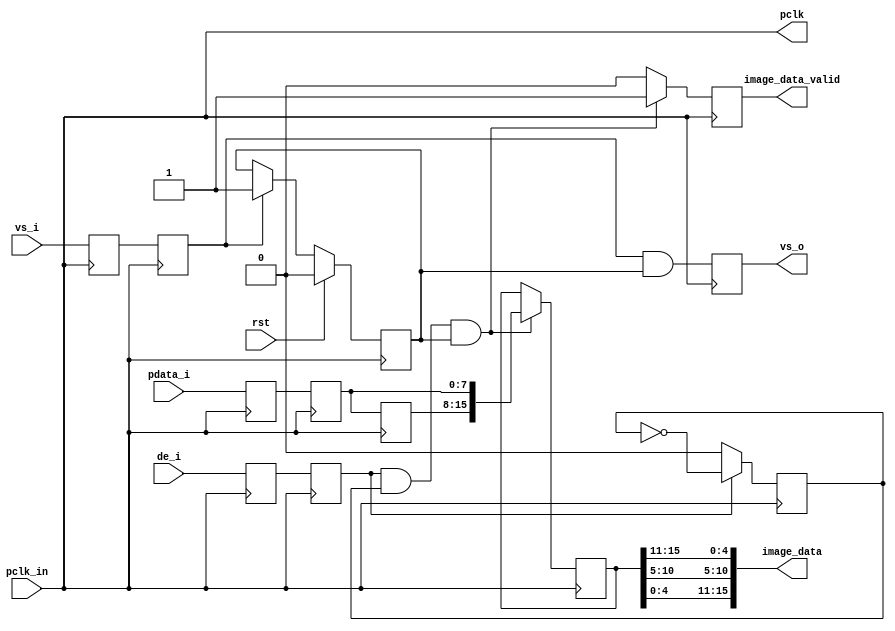
`timescale 1ns / 1ps
//////////////////////////////////////////////////////////////////////////////////
// Company:Meyesemi 
// 
// Design Name:  
// Module Name: 
// Project Name: 
// Target Devices: Pango
// Tool Versions: 
// Description: 
//      
// Dependencies: 
// 
// Revision:
// Revision 1.0 - File Created
// Additional Comments:
// 
//////////////////////////////////////////////////////////////////////////////////
//8bit16bit RGB565
`timescale 1ns / 1ns

module cmos_8_16bit (
    input       pclk_in,
    input       rst,
    input       de_i,
    input [7:0] pdata_i,
    input       vs_i,

    output            image_data_valid,
    output     [15:0] image_data,
    output reg        vs_o,
    output            pclk
);
  reg [7:0] pdata_i0, pdata_i1, pdata_i2, pdata_i3;
  reg vs_in0, de_in0;
  reg vs_in1, de_in1;
  reg vs_in2, de_in2;
  reg image_in_en;
  assign pclk = pclk_in;

  always @(posedge pclk) begin
    pdata_i0 <= pdata_i;
    pdata_i1 <= pdata_i0;
    pdata_i2 <= pdata_i1;
    pdata_i3 <= pdata_i2;
    vs_in0   <= vs_i;
    vs_in1   <= vs_in0;
    de_in0   <= de_i;
    de_in1   <= de_in0;
    de_in2   <= de_in1;
  end
  reg [11:0] cnt_hs;
  always @(posedge pclk) begin
    if (de_in1) cnt_hs <= cnt_hs + 1'b1;
    else cnt_hs <= 'd0;
  end
  reg hs_cnt;
  always @(posedge pclk) begin
    if (vs_in1) hs_cnt <= 'd0;
    else begin
      if (cnt_hs == 1280 * 2 - 1) hs_cnt <= ~hs_cnt;
      else hs_cnt <= hs_cnt;
    end
  end


  reg de_cnt;
  always @(posedge pclk) begin
    if (de_in1) de_cnt <= ~de_cnt;
    else de_cnt <= 'd0;
  end
  always @(posedge pclk) begin
    if (rst) image_in_en <= 'd0;
    else if (vs_in1) image_in_en <= 'd1;
    else image_in_en <= image_in_en;
    vs_o <= (vs_in1) & (image_in_en);
  end

  reg [15:0] image_data0;
  reg image_data_valid0;
  //assign image_data = image_data0 ;
  assign image_data = {image_data0[4:0], image_data0[10:5], image_data0[15:11]};
  assign image_data_valid = image_data_valid0;
  always @(posedge pclk) begin
    if (de_in1 & de_cnt & image_in_en) begin
      image_data0 <= {pdata_i2, pdata_i1};
      image_data_valid0 <= 'd1;
    end else begin
      image_data0 <= image_data0;
      image_data_valid0 <= 'd0;
    end
  end

endmodule